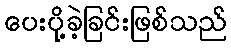
ပေးပို့ခဲ့ခြင်းဖြစ်သည်